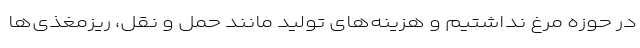
در حوزه مرغ نداشتیم و هزینه‌های تولید مانند حمل و نقل، ریزمغذی‌ها